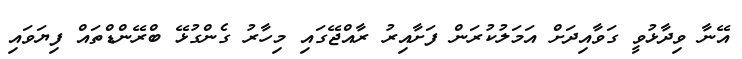
އޭނާ ވިދާޅުވީ ގަވާއިދަށް އަމަލުކުރަން ފަށާއިރު ރާއްޖޭގައި މިހާރު ގެންގުޅޭ ބްރޭންޑްތައް ފިޔަވައި